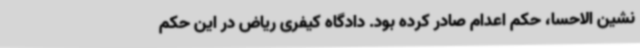
نشین الاحسا، حکم اعدام صادر کرده بود. دادگاه کیفری ریاض در این حکم